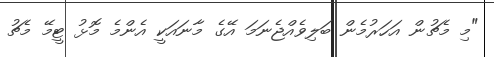
"މި މެޗުން އަހަރުމެން ބަލިވެއްޖެނަމަ އޭގެ މާނައަކީ އެންމެ މޮޅު ޓީމޭ މެޗު